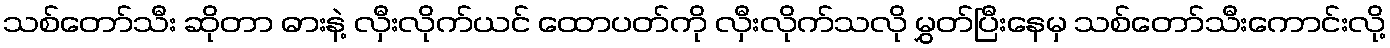
သစ်တော်သီး ဆိုတာ ဓားနဲ့ လှီးလိုက်ယင် ထောပတ်ကို လှီးလိုက်သလို မွှတ်ပြီးနေမှ သစ်တော်သီးကောင်းလို့